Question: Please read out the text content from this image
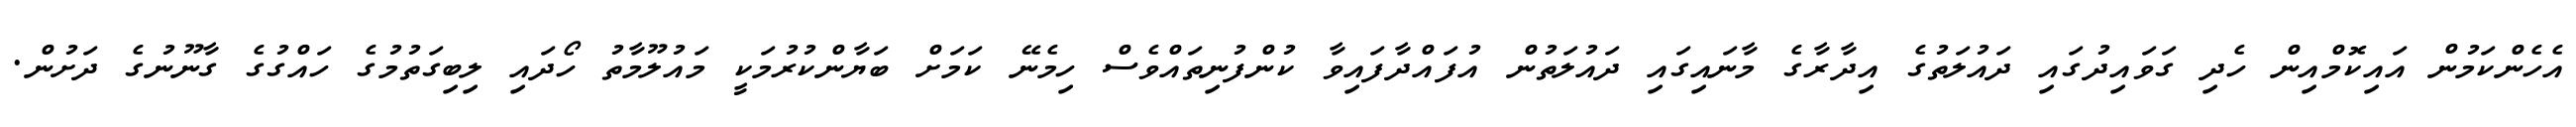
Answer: އެހެންކަމުން އައިކޮމްއިން ހެދި ގަވައިދުގައި ދައުލަތުގެ އިދާރާގެ މާނައިގައި ދައުލަތުން އުފައްދާފައިވާ ކުންފުނިތައްވެސް ހިމެނޭ ކަމަށް ބަޔާންކުރުމަކީ މައުލޫމާތު ހޯދައި ލިބިގަތުމުގެ ހައްގުގެ ގާނޫނުގެ ދަށުން.